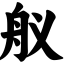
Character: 舣